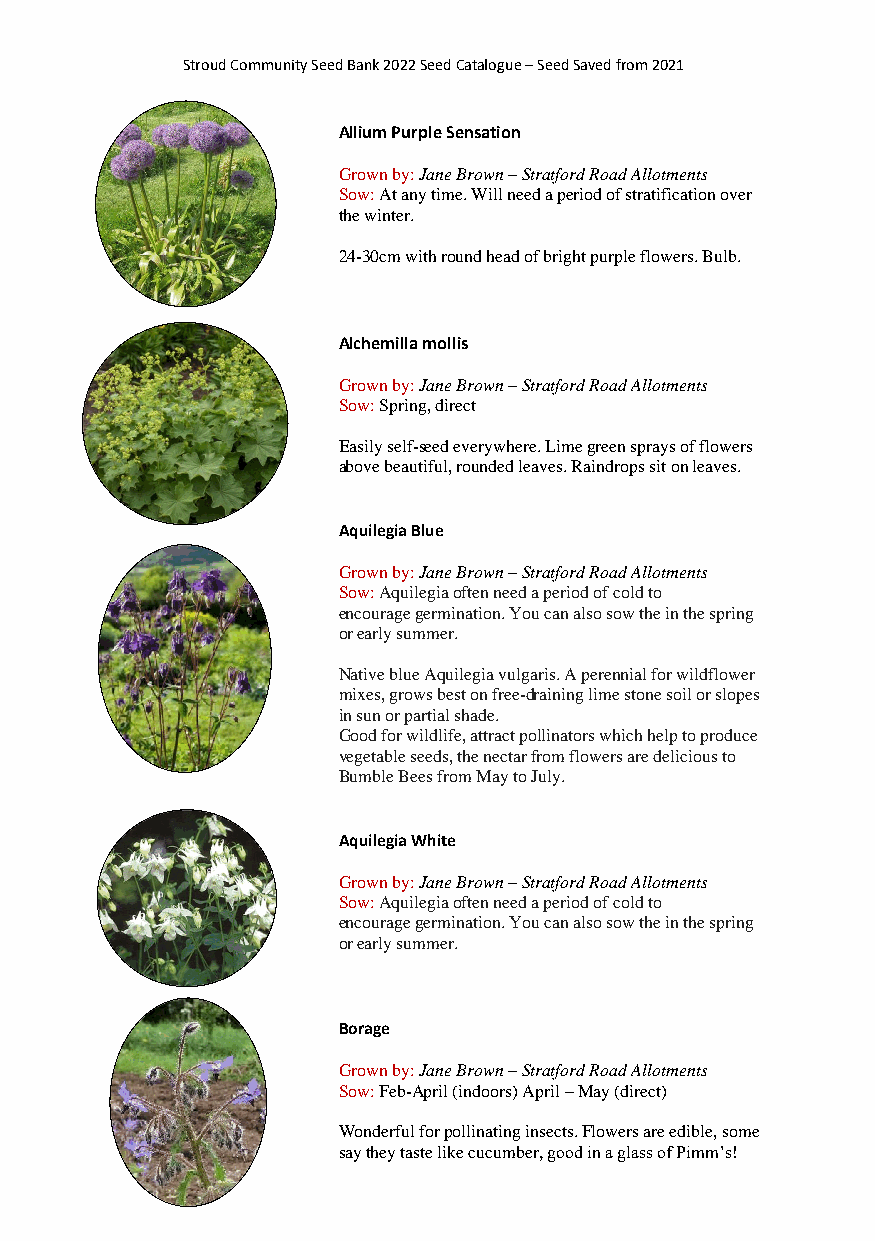
Stroud Community Seed Bank 2022 Seed Catalogue – Seed Saved from 2021
 Allium Purple Sensation
 Grown by: Jane Brown – Stratford Road Allotments
 Sow: At any time. Will need a period of stratification over
 the winter.
 24-30cm with round head of bright purple flowers. Bulb.
 Alchemilla mollis
 Grown by: Jane Brown – Stratford Road Allotments
 Sow: Spring, direct
 Easily self-seed everywhere. Lime green sprays of flowers
 above beautiful, rounded leaves. Raindrops sit on leaves.
 Aquilegia Blue
 Grown by: Jane Brown – Stratford Road Allotments
 Sow: Aquilegia often need a period of cold to
 encourage germination. You can also sow the in the spring
 or early summer.
 Native blue Aquilegia vulgaris. A perennial for wildflower
 mixes, grows best on free-draining lime stone soil or slopes
 in sun or partial shade.
 Good for wildlife, attract pollinators which help to produce
 vegetable seeds, the nectar from flowers are delicious to
 Bumble Bees from May to July.
 Aquilegia White
 Grown by: Jane Brown – Stratford Road Allotments
 Sow: Aquilegia often need a period of cold to
 encourage germination. You can also sow the in the spring
 or early summer.
 Borage
 Grown by: Jane Brown – Stratford Road Allotments
 Sow: Feb-April (indoors) April – May (direct)
 Wonderful for pollinating insects. Flowers are edible, some
 say they taste like cucumber, good in a glass of Pimm’s!